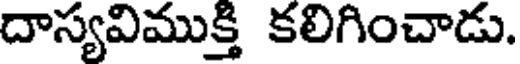
దాస్యవిముక్తి కలిగించాడు.